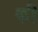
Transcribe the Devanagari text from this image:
की